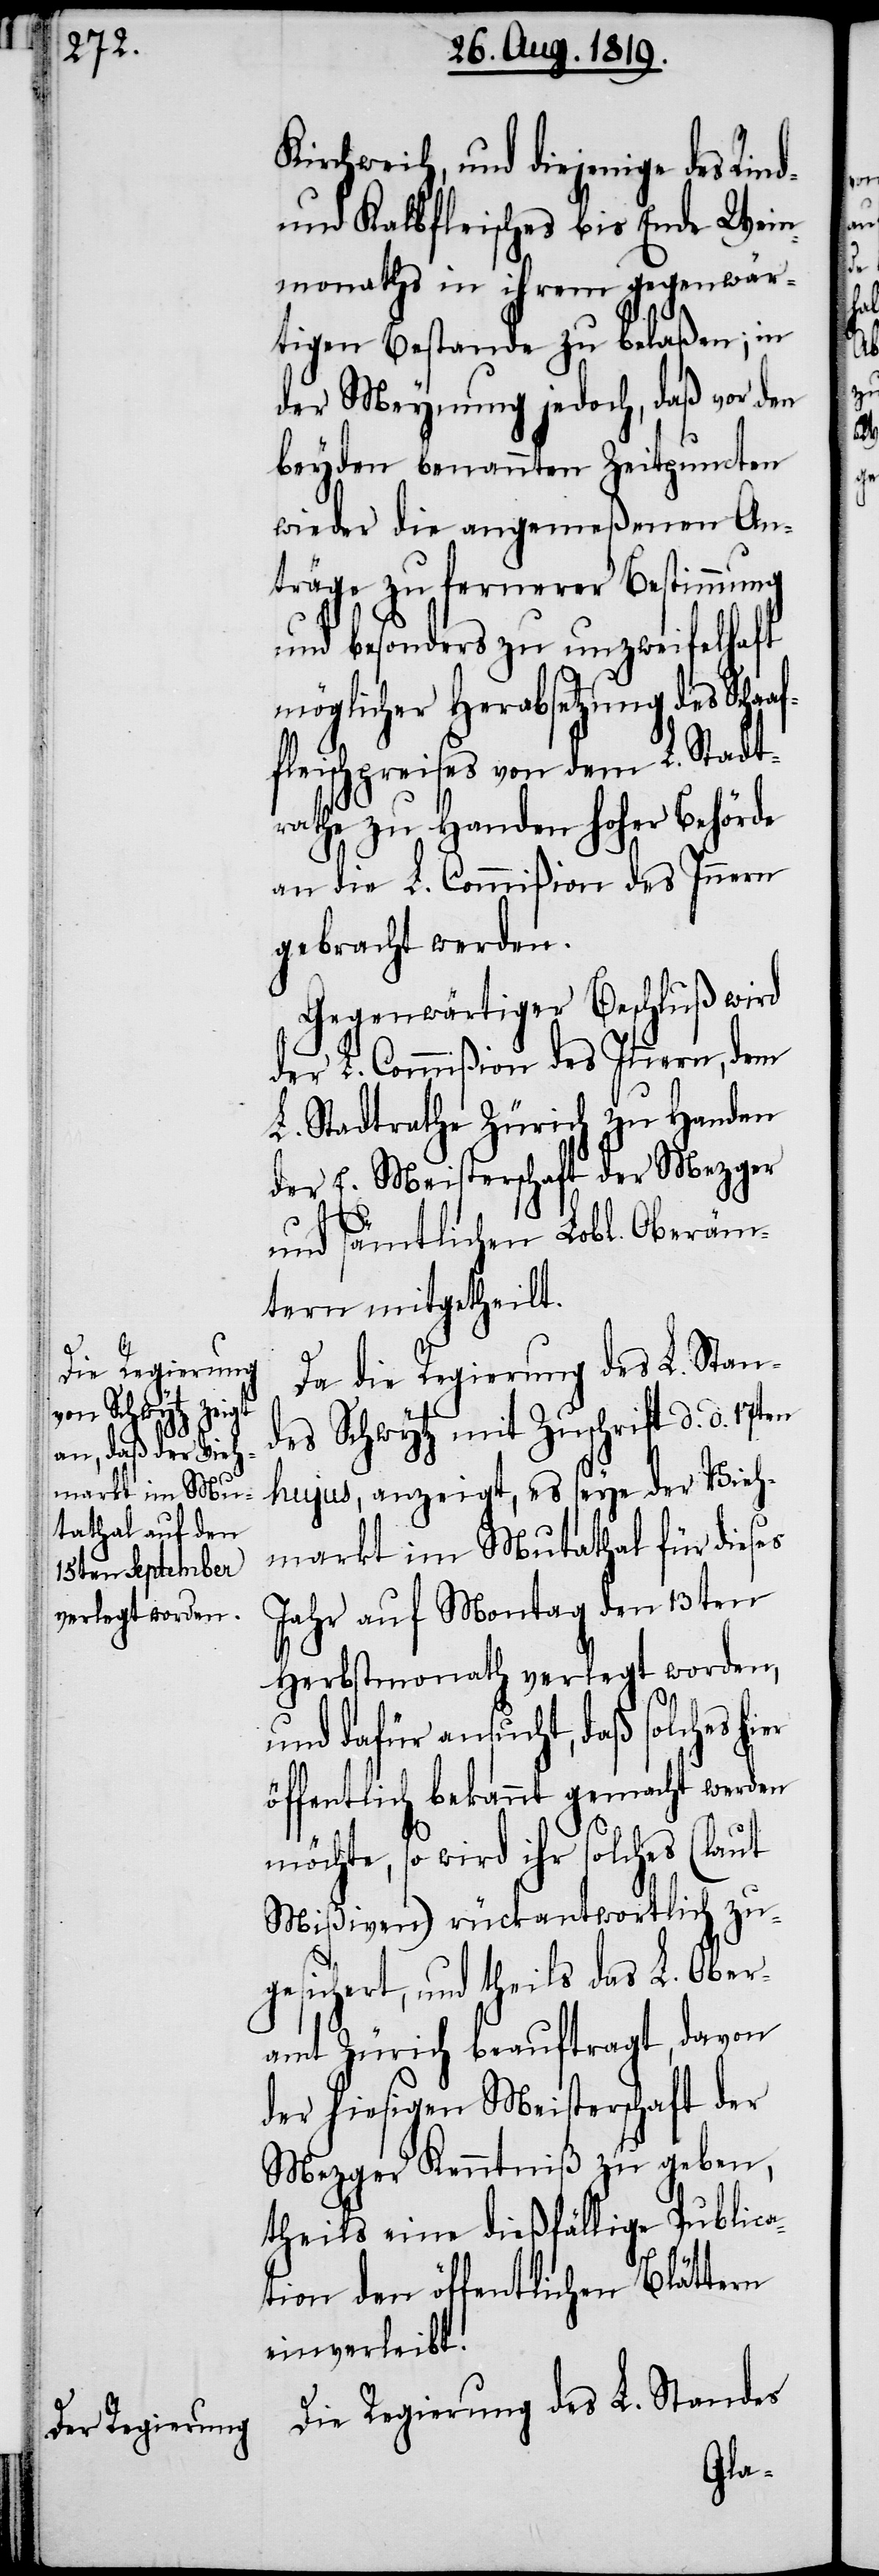
Kirchweih, und diejenige des Rind-
und Kalbfleisches bis Ende Wein¬
monaths in ihrem gegenwär¬
tigen Bestande zu belaßen; in
der Meynung jedoch, daß vor den
beyden benannten Zeitpuncten
wieder die angemeßenen An¬
träge zu fernerer Bestimmung
und besonders zu unzweifelhaft
möglicher Herabsetzung des Schaaf¬
fleischpreises von dem L. Stadt¬
rathe zu Handen hoher Behörde
an die L. Commißion des Innern
gebracht werden.
Gegenwärtiger Beschluß wird
der L. Commißion des Innern, dem
L. Stadtrathe Zürich zu Handen
der E. Meisterschaft der Mezger
und sämtlichen Lobl. Oberäm¬
tern mitgetheilt.
Da die Regierung des L. Stan¬
des Schwytz mit Zuschrift d. d. 17ten
hujus, anzeigt, es seye der Vieh¬
markt im Mutathal für dieses
Jahr auf Montag den 13ten
Herbstmonath verlegt worden,
und dafür ansucht, daß solches
öffentlich bekannt gemacht werden
möchte, so wird ihr solches (laut
Mißiven) rückantwortlich zu¬
gesichert, und theils das L. Ober¬
amt Zürich beauftragt, davon
der hiesigen Meisterschaft der
Mezger Kenntniß zu geben,
theils eine dießfällige Publica¬
tion den öffentlichen Blättern
einverleibt.
Die Regierung des L. Standes